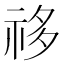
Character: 𰧺